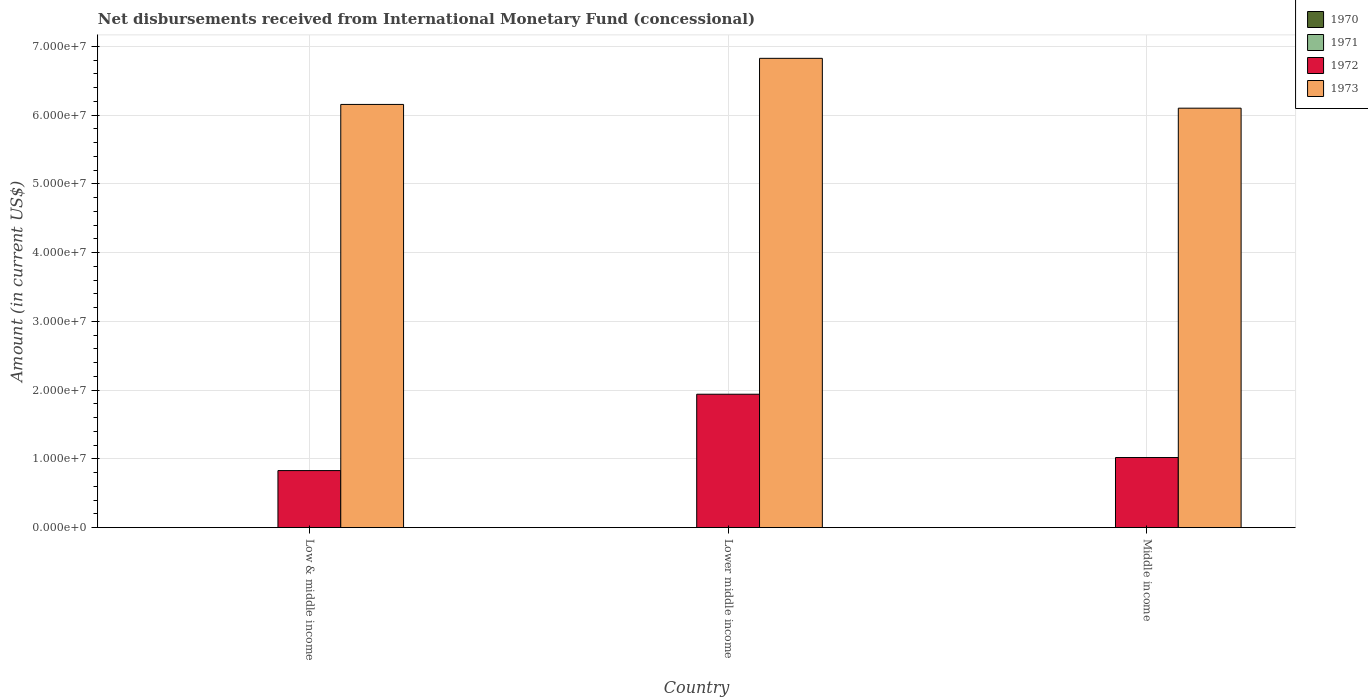
| Country | 1970 | 1971 | 1972 | 1973 |
 | --- | --- | --- | --- | --- |
 | Low & middle income | -2.02e+08 | -1.57e+07 | 8.3e+06 | 6.16e+07 |
 | Lower middle income | -2.02e+08 | -4.76e+06 | 1.94e+07 | 6.83e+07 |
 | Middle income | -2.02e+08 | -1.22e+07 | 1.02e+07 | 6.1e+07 |